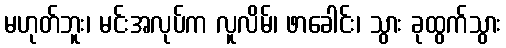
မဟုတ်ဘူး၊ မင်းအလုပ်က လူလိမ်၊ ဖာခေါင်း၊ သွား ခုထွက်သွား